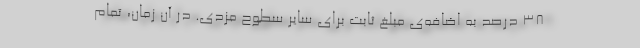
۳۸ درصد به اضافه‌ی مبلغ ثابت برای سایر سطوح مزدی. در آن زمان، تمام